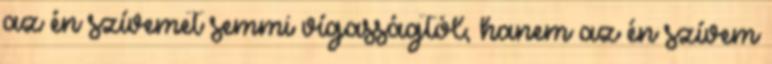
az én szívemet semmi vígasságtól, hanem az én szívem